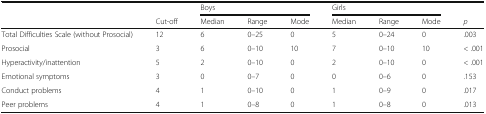
|  |  | <COLSPAN=3> Boys | <COLSPAN=3> Girls |  |
 |  | Cut-off | Median | Range | Mode | Median | Range | Mode | p |
 | --- | --- | --- | --- | --- | --- | --- | --- | --- |
 | Total Difficulties Scale (without Prosocial) | 12 | 6 | 0–25 | 0 | 5 | 0–24 | 0 | .003 |
 | Prosocial | 3 | 6 | 0–10 | 10 | 7 | 0–10 | 10 | < .001 |
 | Hyperactivity/inattention | 5 | 2 | 0–10 | 0 | 2 | 0–10 | 0 | < .001 |
 | Emotional symptoms | 3 | 0 | 0–7 | 0 | 0 | 0–6 | 0 | .153 |
 | Conduct problems | 4 | 1 | 0–10 | 0 | 1 | 0–9 | 0 | .017 |
 | Peer problems | 4 | 1 | 0–8 | 0 | 1 | 0–8 | 0 | .013 |